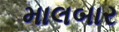
માલબાર